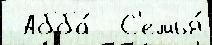
 Абба́  С'емья́